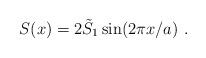
\begin{align*}S(x)=2 \tilde{S}_1 \sin(2 \pi x/a) \ .\end{align*}